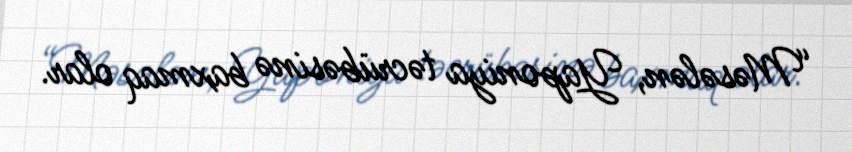
“Məsələn, Yaponiya təcrübəsinə baxmaq olar.